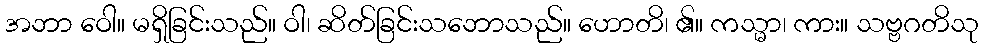
အဘာ ဝေါ။ မရှိခြင်းသည်။ ဝါ၊ ဆိတ်ခြင်းသဘောသည်။ ဟောတိ၊ ၏။ ကသ္မာ၊ ကား။ သဗ္ဗဂတိသု